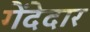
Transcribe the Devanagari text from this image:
गेंदेदार